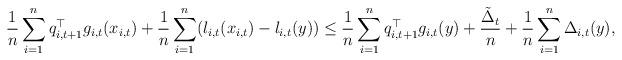
LaTeX: \begin{align*}&\frac{1}{ n}\sum_{i=1}^nq_{i,t+1}^\top g_{i,t}(x_{i,t})+\frac{1}{n}\sum_{i=1}^n(l_{i,t}(x_{i,t})-l_{i,t}(y))\le \frac{1}{n}\sum_{i=1}^nq_{i,t+1}^\top g_{i,t}(y)+\frac{\tilde{\Delta}_t}{n}+\frac{1}{ n}\sum_{i=1}^n\Delta_{i,t}(y),\end{align*}